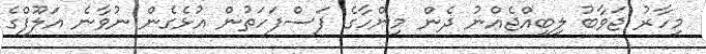
މިހާރު ޖަވާބު ލިބިއްޖެއްނު ދެން މިންހާގެ ފަސްފަހަތުން އުޅެގެން ނުވާނެ އަލޫފްގެ